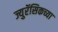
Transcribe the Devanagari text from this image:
ज्युरॅसिकच्या